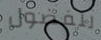
للفضول